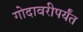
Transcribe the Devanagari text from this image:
गोदावरीपर्यंत